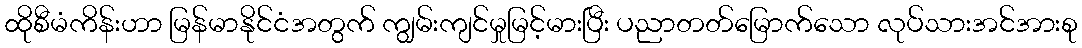
ထိုစီမံကိန်းဟာ မြန်မာနိုင်ငံအတွက် ကျွမ်းကျင်မှုမြင့်မားပြီး ပညာတတ်မြောက်သော လုပ်သားအင်အားစု